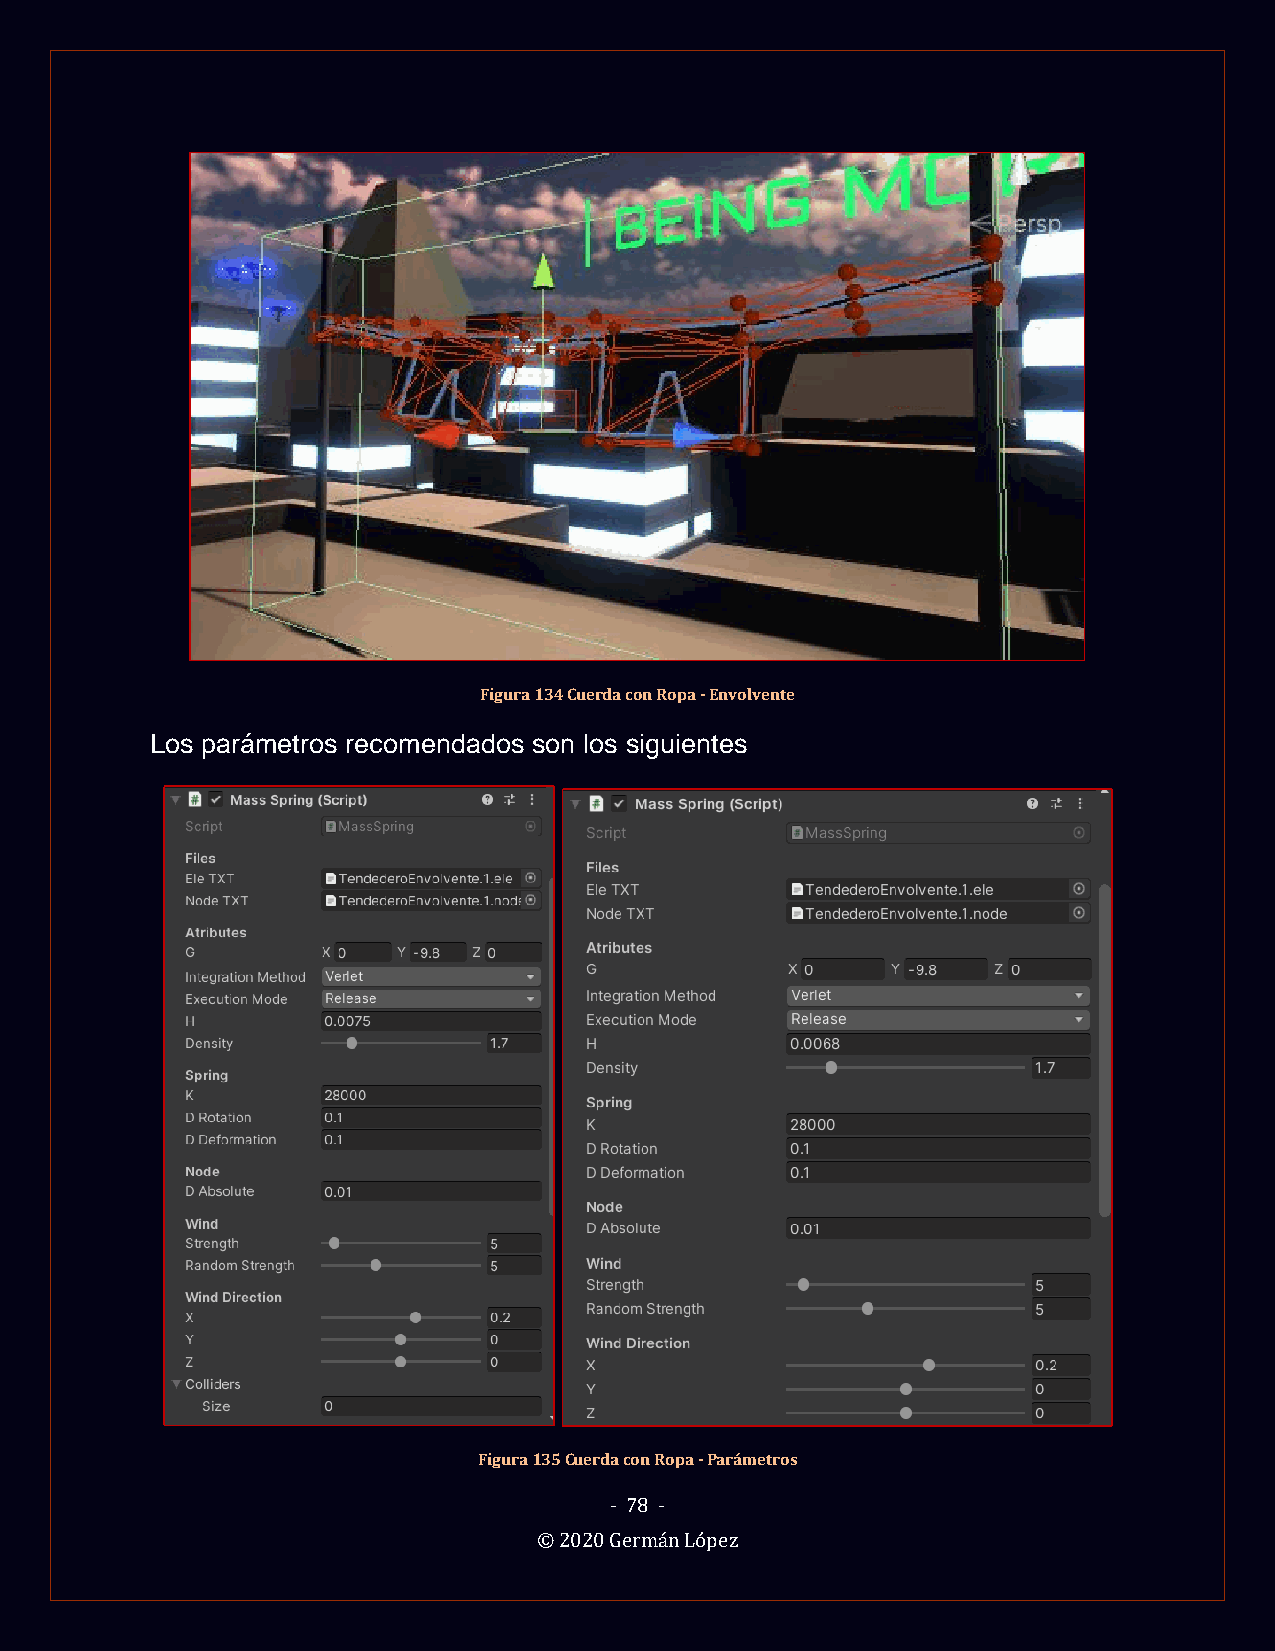
Figura 134 Cuerda con Ropa - Envolvente
 Los parámetros recomendados son los siguientes
 Figura 135 Cuerda con Ropa - Parámetros
 - 78 -
 © 2020 Germán López